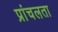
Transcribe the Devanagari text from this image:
प्रांचलता